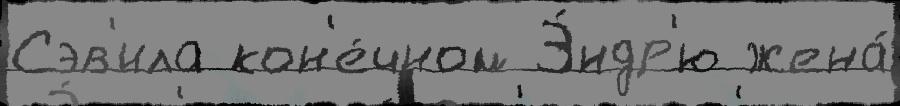
Сэв'ила кон'е́чном Э́ндр'ю жена́